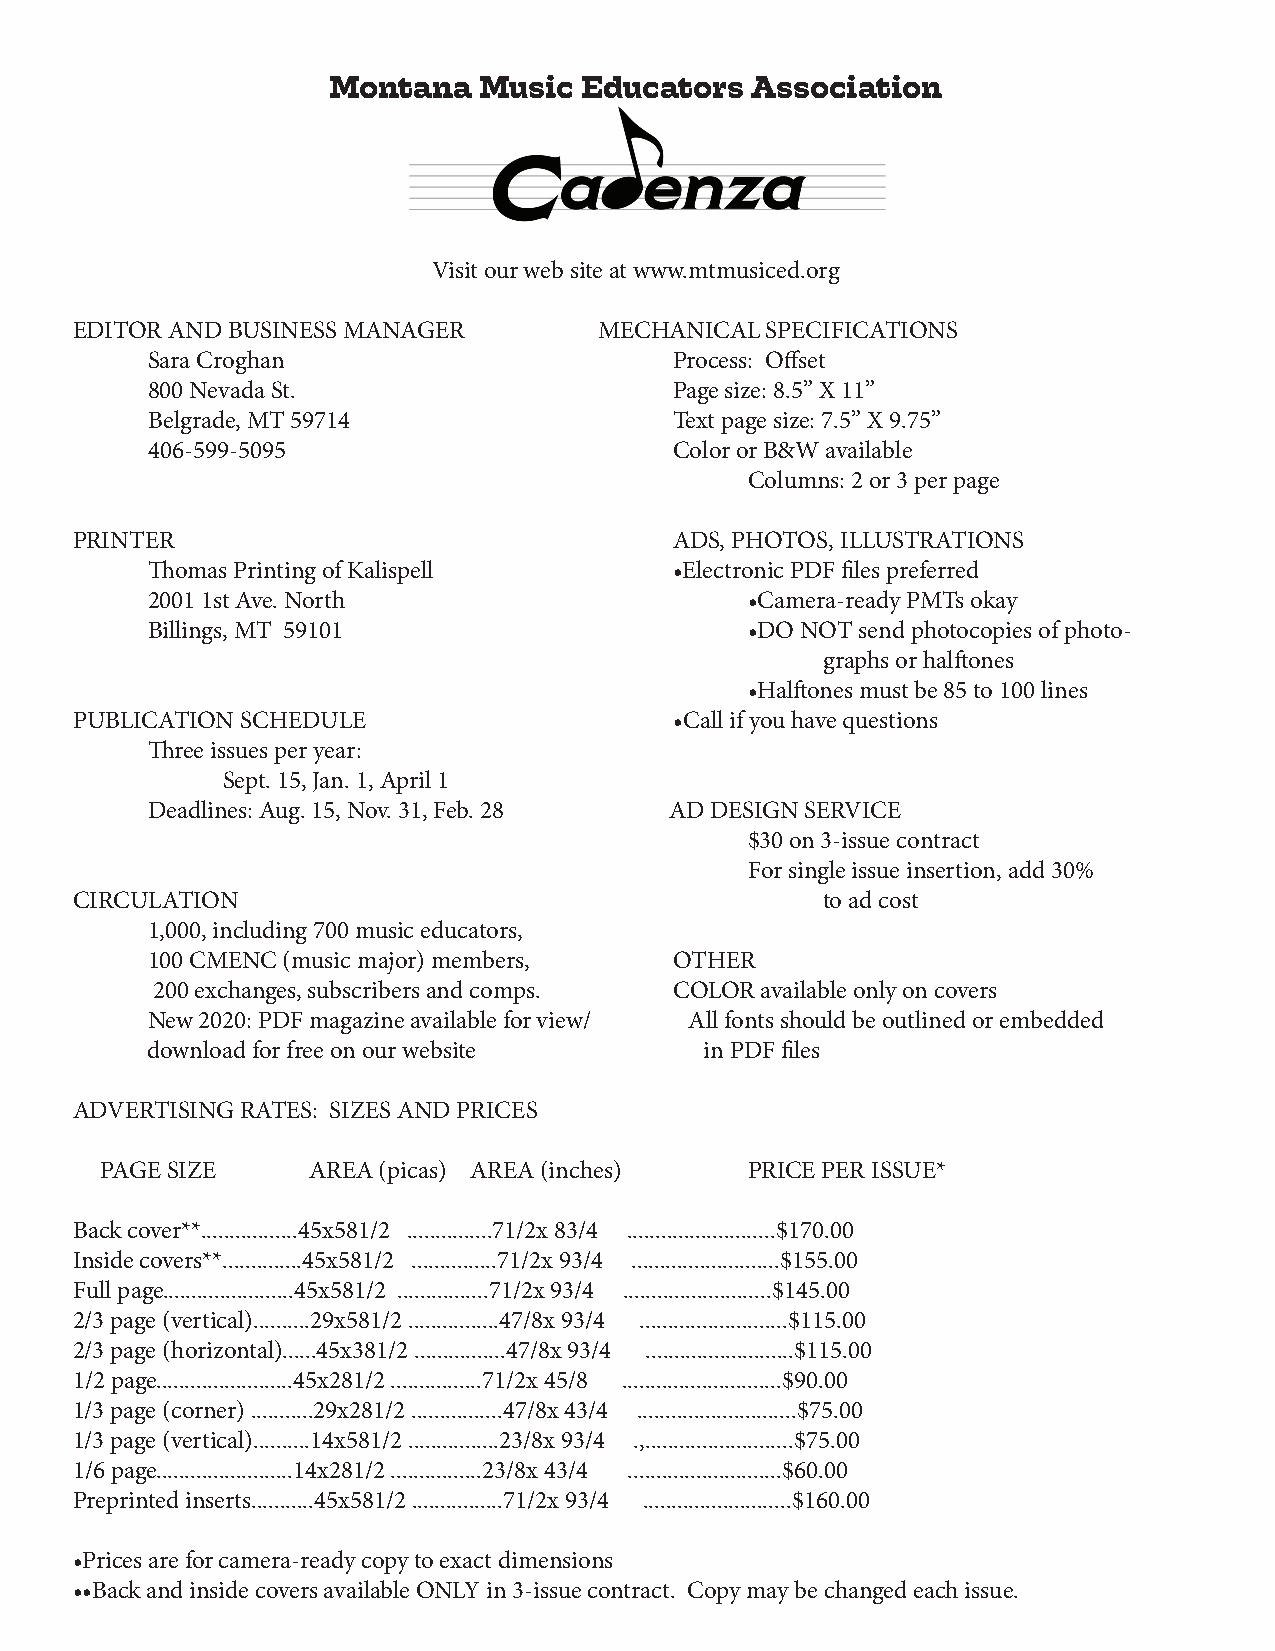
Montana   Music Educators   Association
 Visit our web site at www.mtmusiced.org
 EDITOR AND BUSINESS MANAGER        MECHANICAL SPECIFICATIONS
 Sara Croghan                       Process: Offset
 800 Nevada St.                     Page size: 8.5” X 11”
 Belgrade, MT 59714                 Text page size: 7.5” X 9.75”
 406-599-5095                       Color or B&W available
 Columns: 2 or 3 per page
 PRINTER                                 ADS, PHOTOS, ILLUSTRATIONS
 Thomas Printing of Kalispell       •Electronic PDF files preferred
 2001 1st Ave. North                     •Camera-ready PMTs okay
 Billings, MT 59101                      •DO NOT send photocopies of photo-
 graphs or halftones
 •Halftones must be 85 to 100 lines
 PUBLICATION SCHEDULE                    •Call if you have questions
 Three issues per year:
 Sept. 15, Jan. 1, April 1
 Deadlines: Aug. 15, Nov. 31, Feb. 28 AD DESIGN SERVICE
 $30 on 3-issue contract
 For single issue insertion, add 30%
 CIRCULATION                                      to ad cost
 1,000, including 700 music educators,
 100 CMENC (music major) members,   OTHER
 200 exchanges, subscribers and comps. COLOR available only on covers
 New 2020: PDF magazine available for view/ All fonts should be outlined or embedded
 download for free on our website     in PDF files
 ADVERTISING RATES: SIZES AND PRICES
 PAGE SIZE    AREA (picas) AREA (inches)    PRICE PER ISSUE*
 Back cover**.................45x581/2 ...............71/2x 83/4 ..........................$170.00
 Inside covers**..............45x581/2 ...............71/2x 93/4 ..........................$155.00
 Full page.......................45x581/2 ................71/2x 93/4 ..........................$145.00
 2/3 page (vertical)..........29x581/2 ................47/8x 93/4 ..........................$115.00
 2/3 page (horizontal)......45x381/2 ................47/8x 93/4 ..........................$115.00
 1/2 page........................45x281/2 ................71/2x 45/8 ............................$90.00
 1/3 page (corner) ...........29x281/2 ................47/8x 43/4 ............................$75.00
 1/3 page (vertical)..........14x581/2 ................23/8x 93/4 .,..........................$75.00
 1/6 page........................14x281/2 ................23/8x 43/4 ...........................$60.00
 Preprinted inserts...........45x581/2 ................71/2x 93/4 ..........................$160.00
 •Prices are for camera-ready copy to exact dimensions
 ••Back and inside covers available ONLY in 3-issue contract. Copy may be changed each issue.